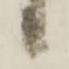
候